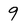
Character: 9